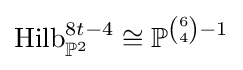
\operatorname {Hilb} _{\mathbb {P} ^{2}}^{8t-4}\cong \mathbb {P} ^{{\binom {6}{4}}-1}